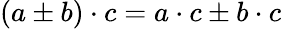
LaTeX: (a\pm b)\cdot c=a\cdot c\pm b\cdot c